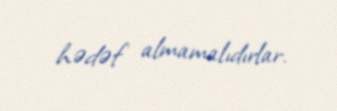
hədəf almamalıdırlar.